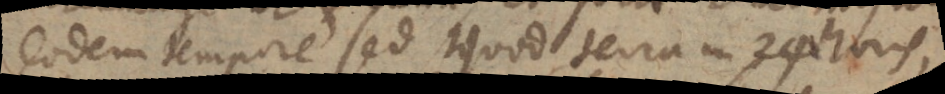
eodem tempore sed quod terra in 24 horis,